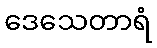
ဒေသေတာရံ